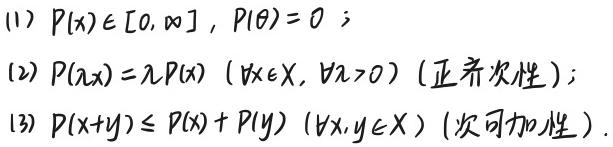
(1) $P(x)\in[0, \infty],\ P(\theta)=0$;
(2) $P(\lambda x)=\lambda P(x)\ (\forall x\in X, \forall\lambda > 0)$ (正齐次性);
(3) $P(x + y)\leq P(x)+P(y)\ (\forall x,y\in X)$ (次可加性).